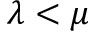
\lambda < \mu